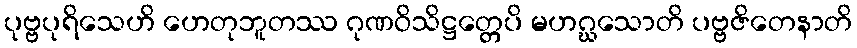
ပုဗ္ဗပုရိသေဟိ ဟေတုဘူတဿ ဂုဏဝိသိဋ္ဌတ္တေပိ မဟဂ္ဃသောတိ ပဗ္ဗဇိတေနာတိ